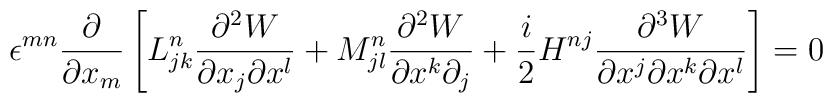
\epsilon^{mn} \displaystyle\frac{\partial}{\partial x_m} \left[ L^n_{jk}\frac{\partial^2 W}{\partial x_j\partial x^l}+M^n_{jl}\frac{\partial^2 W}{\partial x^k\partial_j}+\frac{i}{2}H^{nj}\frac{\partial^3 W}{\partial x^j\partial x^k\partial x^l}\right]=0